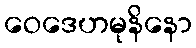
ဝေဒေဟမုနိနော